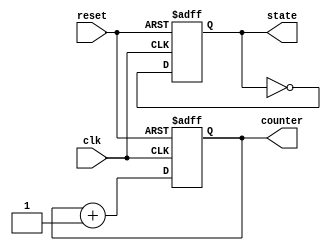
module initialization_example (
    input wire clk,
    input wire reset,
    output reg [7:0] counter,
    output reg state
);

    // Initialization Block
    initial begin
        // Set initial values for registers
        counter = 8'b00000000; // Initialize counter to 0
        state = 1'b0;          // Initialize state to 0
    end

    // Always block for sequential logic
    always @(posedge clk or posedge reset) begin
        if (reset) begin
            // Reset behavior
            counter <= 8'b00000000; // Reset counter to 0
            state <= 1'b0;          // Reset state to 0
        end else begin
            // Increment counter and toggle state
            counter <= counter + 1;
            state <= ~state;        // Toggle the state
        end
    end

endmodule